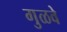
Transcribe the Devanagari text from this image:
गुळवे